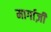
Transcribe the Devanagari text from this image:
मार्गाज़ी